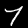
Label: 7